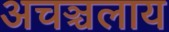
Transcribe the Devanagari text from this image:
अचञ्चलाय